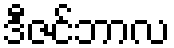
ဒီဇင်ဘာလ